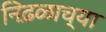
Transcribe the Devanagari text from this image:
निढ़ळाच्या